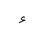
Letter: _hamza